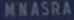
MNASRA